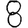
Digit: 8